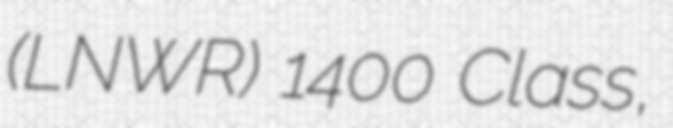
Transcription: (LNWR) 1400 Class,